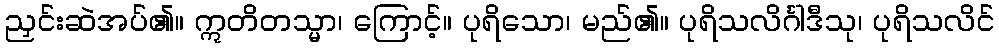
ညှင်းဆဲအပ်၏။ ဣတိတသ္မာ၊ ကြောင့်။ ပုရိသော၊ မည်၏။ ပုရိသလိင်္ဂါဒီသု၊ ပုရိသလိင်